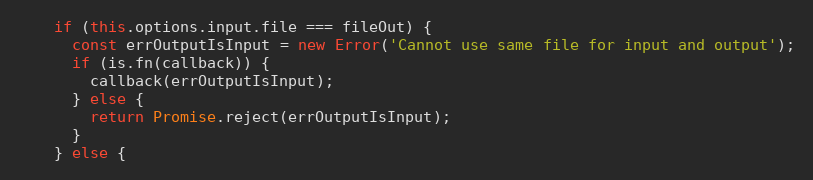
Language: JavaScript
    if (this.options.input.file === fileOut) {
      const errOutputIsInput = new Error('Cannot use same file for input and output');
      if (is.fn(callback)) {
        callback(errOutputIsInput);
      } else {
        return Promise.reject(errOutputIsInput);
      }
    } else {